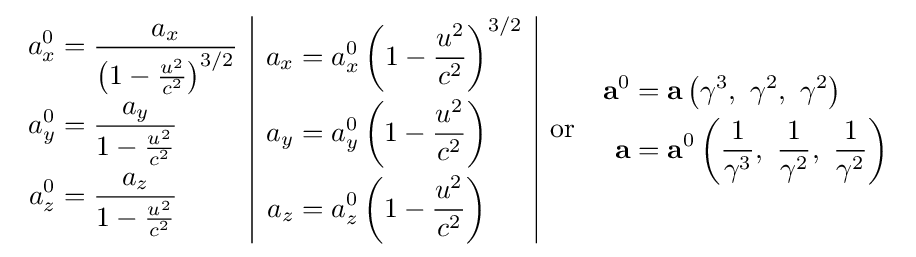
{\begin{array}{c|c|cc}{\begin{aligned}a_{x}^{0}&={\frac {a_{x}}{\left(1-{\frac {u^{2}}{c^{2}}}\right)^{3/2}}}\\a_{y}^{0}&={\frac {a_{y}}{1-{\frac {u^{2}}{c^{2}}}}}\\a_{z}^{0}&={\frac {a_{z}}{1-{\frac {u^{2}}{c^{2}}}}}\end{aligned}}&{\begin{aligned}a_{x}&=a_{x}^{0}\left(1-{\frac {u^{2}}{c^{2}}}\right)^{3/2}\\a_{y}&=a_{y}^{0}\left(1-{\frac {u^{2}}{c^{2}}}\right)\\a_{z}&=a_{z}^{0}\left(1-{\frac {u^{2}}{c^{2}}}\right)\end{aligned}}&{\text{or}}&{\begin{aligned}\mathbf {a} ^{0}&=\mathbf {a} \left(\gamma ^{3},\ \gamma ^{2},\ \gamma ^{2}\right)\\\mathbf {a} &=\mathbf {\mathbf {a} } ^{0}\left({\frac {1}{\gamma ^{3}}},\ {\frac {1}{\gamma ^{2}}},\ {\frac {1}{\gamma ^{2}}}\right)\end{aligned}}\end{array}}